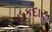
હકદાર